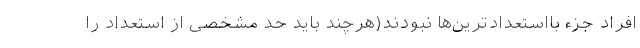
افراد جزء بااستعدادترین‌ها نبودند(هرچند باید حد مشخصی از استعداد را